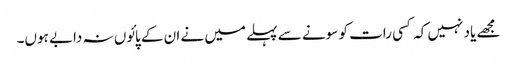
مجھے یاد نہیں کہ کسی رات کو سونے سے پہلے میں نے ان کے پائوں نہ دابے ہوں۔